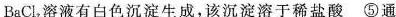
BaCl_{2}溶液有白色沉淀生成，该沉淀溶于稀盐酸⑤通